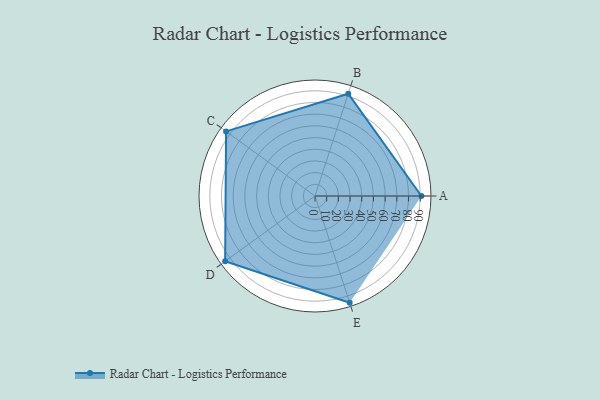
{"axis": {"x": "Skill", "y": "Score"}, "legend": ["Profile"], "data": [{"x": "A", "y": 91.0, "type": "Profile"}, {"x": "B", "y": 92.0, "type": "Profile"}, {"x": "C", "y": 94.0, "type": "Profile"}, {"x": "D", "y": 95.0, "type": "Profile"}, {"x": "E", "y": 96.0, "type": "Profile"}]}